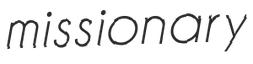
missionary